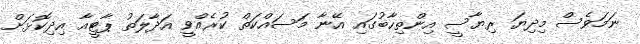
ނަަމަވެސް މިދިޔަ ރިޔާސީ އިންތިހާބުގައި އޭނާ މަސައްކަތް ކުރެއްވީ އަދާލަތު ޕާޓީއާ އިދިކޮޅަށް